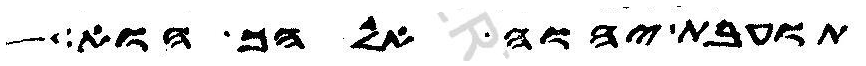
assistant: תועבת יהוה אלהך הוא